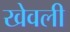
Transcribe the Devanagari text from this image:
खेवली